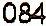
084